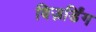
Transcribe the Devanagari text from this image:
विज़र्डिंग